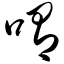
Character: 喟